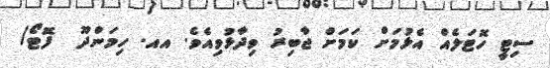
ސިޓީ ހޮޓަލެއް އެޅުމަށް ކަމަށް ޖާބިރު ވިދާޅުވިއެވެ. އއ. ހިމަންދޫ  ފޮޓޯ/